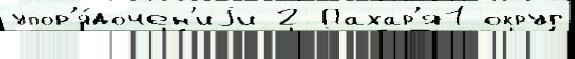
упор'я́дочен'иjи 2 Пахар'я1 округ